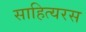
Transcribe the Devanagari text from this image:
साहित्यरस